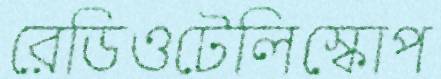
রেডিওটেলিস্কোপ